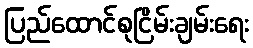
ပြည်ထောင်စုငြိမ်းချမ်းရေး